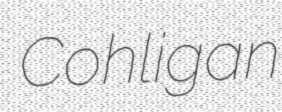
Cohligan